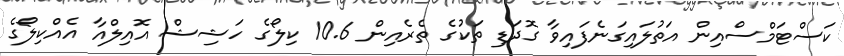
ކަސްޓަމްސްއިން އަތުލައިގަނެފައިވާ ގޮދަޑި ތަކުގެ ތެރެއިން 10.6 ކިލޯގެ ހަޝިޝް އޮއިލްއާ އެއްކިލޯގެ